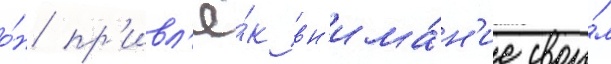
о́н пр'ивл'ё́к вн'има́н'ие свои́м